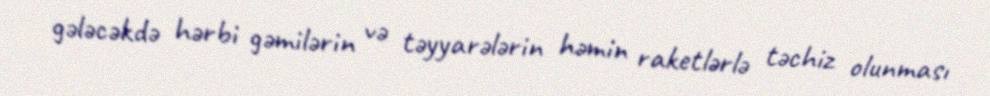
gələcəkdə hərbi gəmilərin və təyyarələrin həmin raketlərlə təchiz olunması